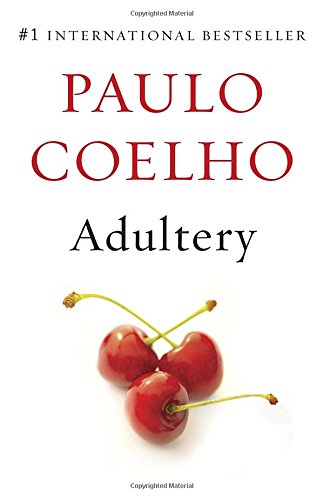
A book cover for Adultery (Vintage International); Paulo Coelho; Science Fiction & Fantasy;